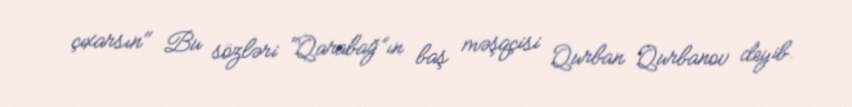
çıxarsın" Bu sözləri “Qarabağ”ın baş məşqçisi Qurban Qurbanov deyib.